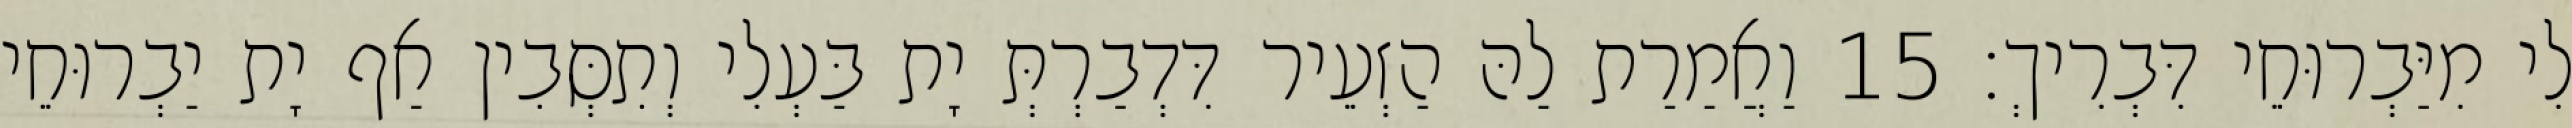
לִי מִיַּבְרוּחֵי דִּבְרִיךְ׃ 15 וַאֲמַרַת לַהּ הַזְעֵיר דִּדְבַרְתְּ יָת בַּעְלִי וְתִסְּבִין אַף יָת יַבְרוּחֵי